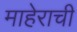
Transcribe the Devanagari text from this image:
माहेराची